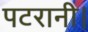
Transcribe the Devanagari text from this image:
पटरानी।